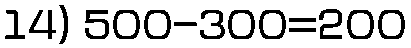
14) 500-300=200